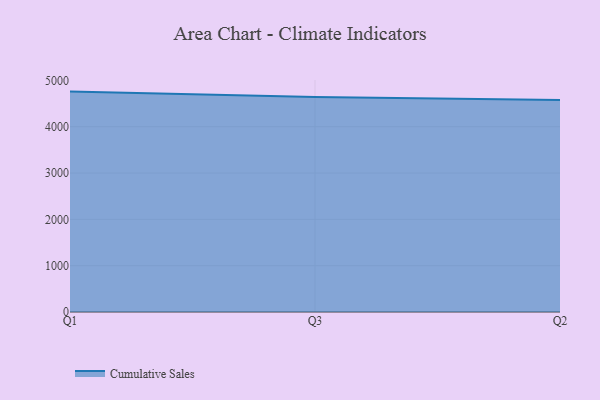
{"axis": {"x": "Quarter", "y": "Production Output"}, "legend": ["Cumulative Sales"], "data": [{"x": "Q1", "y": 4757.9, "type": "Cumulative Sales"}, {"x": "Q3", "y": 4641.5, "type": "Cumulative Sales"}, {"x": "Q2", "y": 4575.1, "type": "Cumulative Sales"}]}